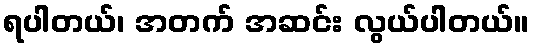
ရပါတယ်၊ အတက် အဆင်း လွယ်ပါတယ်။